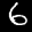
Label: 6